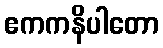
ဧကကနိပါတော